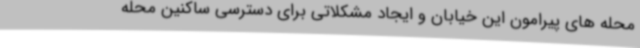
محله های پیرامون این خیابان و ایجاد مشکلاتی برای دسترسی ساکنین محله